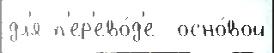
дл'я п'ер'ево́д'е  осно́вой